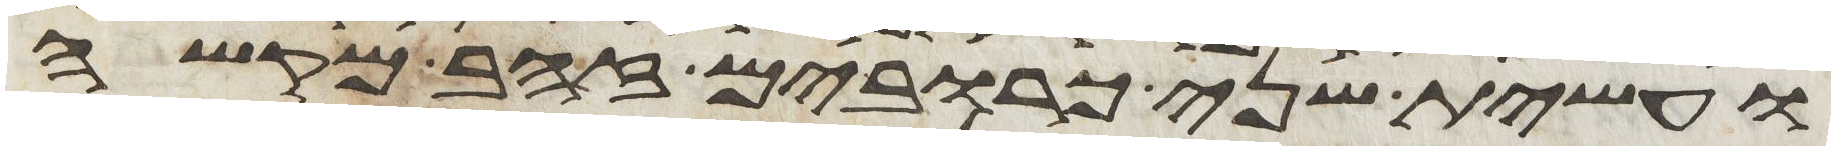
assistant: ועשית שני כרובים זהב מקשה